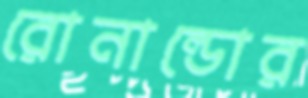
রোনাল্ডোর